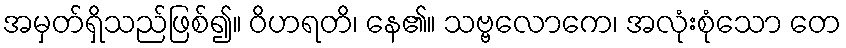
အမှတ်ရှိသည်ဖြစ်၍။ ဝိဟရတိ၊ နေ၏။ သဗ္ဗလောကေ၊ အလုံးစုံသော တေ